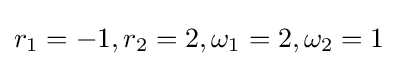
r_{1}=-1,r_{2}=2,\omega _{1}=2,\omega _{2}=1